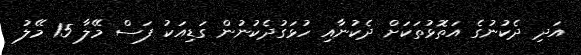
އަދި ދެކުނުގެ އަތޮޅުތަކަށް ދެކުނާއި ހުޅަގުދެކުނުން ގަޑިއަކު ފަސް މޭލާ 15 މޭލު